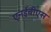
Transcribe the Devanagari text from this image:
एनईबीएस